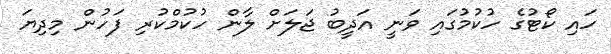
ހައި ކޯޓުގެ ހުކުމުގައި ވަނީ އަދީބު ޖަލަށް ލާން ހުކުމްކުރި ފަހުން މިދިޔަ